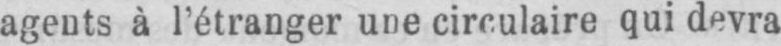
agents à l’étranger une circulaire qui devra